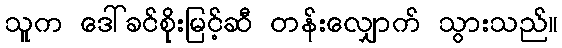
သူက ဒေါ်ခင်စိုးမြင့်ဆီ တန်းလျှောက် သွားသည်။